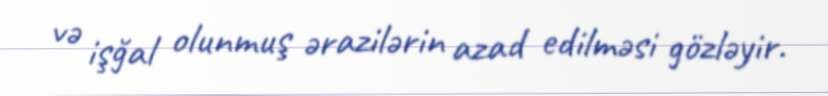
və işğal olunmuş ərazilərin azad edilməsi gözləyir.